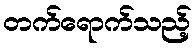
တက်ရောက်သည့်